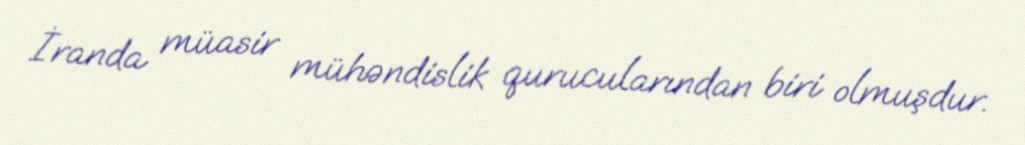
İranda müasir mühəndislik qurucularından biri olmuşdur.